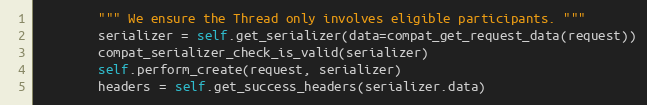
Language: Python
        """ We ensure the Thread only involves eligible participants. """
        serializer = self.get_serializer(data=compat_get_request_data(request))
        compat_serializer_check_is_valid(serializer)
        self.perform_create(request, serializer)
        headers = self.get_success_headers(serializer.data)